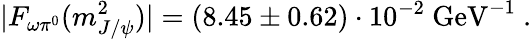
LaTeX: |F_{\omega\pi^{0}}(m_{J/\psi}^{2})|=(8.45\pm 0.62)\cdot 10^{-2}\ \mathrm{GeV}^{-1}\ .